Annual report of the Bengal Veterinary College and of the Civil Veterinary Department, Bengal, for the year 1911-1912 - 1911-1912
Year: 1911
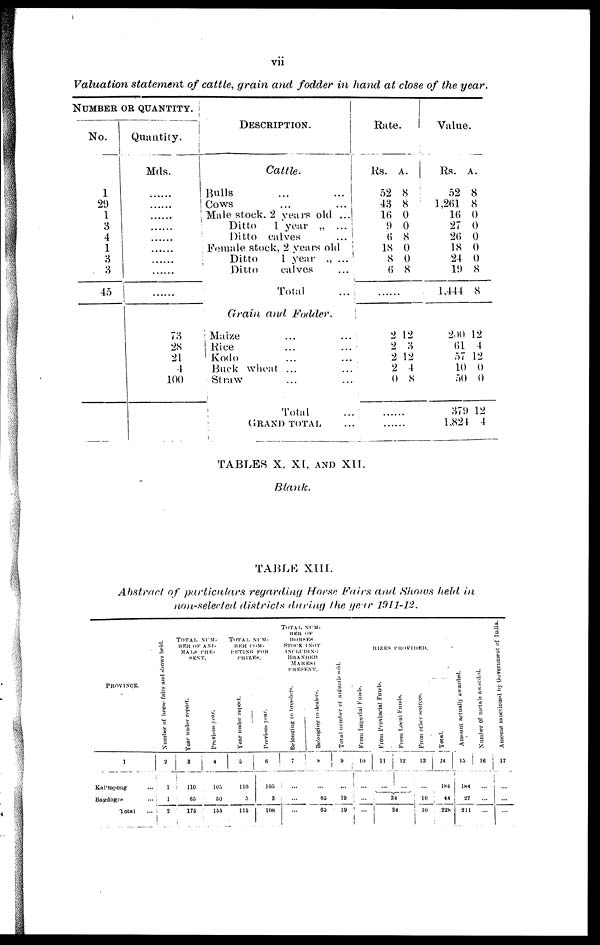
vii
Valuation statement of cattle, grain and fodder in hand at close of the year.
NUMBER OR QUANTITY.
No.
1
29
1
3
4
1
3
3
45
Quantity.
Mds.
......
......
......
......
......
......
......
......
......
73
28
21
4
100
DESCRIPTION.
Cattle.
Bulls
Cows ... ...
Male stock, 2 years old ...
Ditto
1 year „ ...
Ditto calves
...
Female stock, 2 years old
Ditto
1 year „ ...
Ditto
calves
...
Total
...
Grain and Fodder.
Maize ... ...
Rice ... ...
Kodo ... ...
Buck wheat ... ...
Straw ... ...
Total ...
GRAND TOTAL ...
Rate.
Rs.
52
43
16
9
6
18
8
6
......
2
2
2
2
0
... ...
......
A.
8
8
0
0
8
0
0
8
12
3
12
4
8
Value.
Rs.
52
1,261
16
27
26
18
24
19
1,444
200
61
57
10
50
379
1,824
A.
8
8
0
0
0
0
0
8
8
12
4
12
0
0
12
4
TABLES X, XI, AND XII.
Blank.
TABLE XIII.
Abstract of particulars regarding Horse Fairs and Shows held in
non-selected districts during the year 1911-12.
PROVINCE.
1
Kal'mpoug ...
Bagdogra
...
Total
...
Number of horse fairs and shows held.
2
1
1
2
TOTAL NUM-
BER OF ANI-
MALS
PRE-
SENT.
Year under report.
3
110
65
175
Previous year.
4
105
50
155
TOTAL NUM-
BER COM-
PETING FOR
PRIZES.
Year under report.
5
110
5
115
Previous year.
6
105
3
108
TOTAL NUM-
BER OF
HORSES
STICK
(NOT
INCLUDING
BRANDED
MARES)
PRESENT.
Belonging
to breeders.
7
...
...
...
Belonging
to dealers.
8
...
65
65
Total number of animals sold.
9
...
19
10
RIZES PROVIDED.
From Imperial Funds.
10
...
...
...
From Provincial Funds.
11
...
From Local Funds.
12
...
34
34
From other sources.
13
...
10
10
Total.
14
184
44
228
Amount actually awarded.
15
184
27
211
Number of metals awarded.
16
...
...
...
Amount sanctioned by Government of India.
17
...
...
...